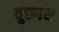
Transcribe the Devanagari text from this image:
वुछ्यथ